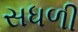
સધળી